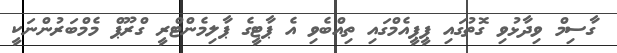
ގާސިމް ވިދާޅުވި ގޮތުގައި ޕީޕީއެމްގައި ތިއްބެވި އެ ޕާޓީގެ ޕާލިމެންޓްރީ ގްރޫޕް މެމްބަރުންނަކީ